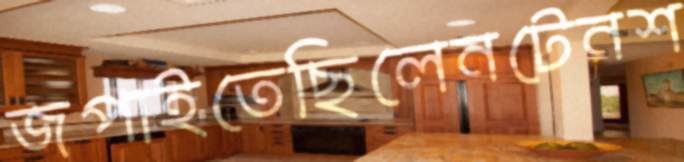
জপাইতেছিলেনটেনশ